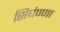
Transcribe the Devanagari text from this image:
सिघंण्णा